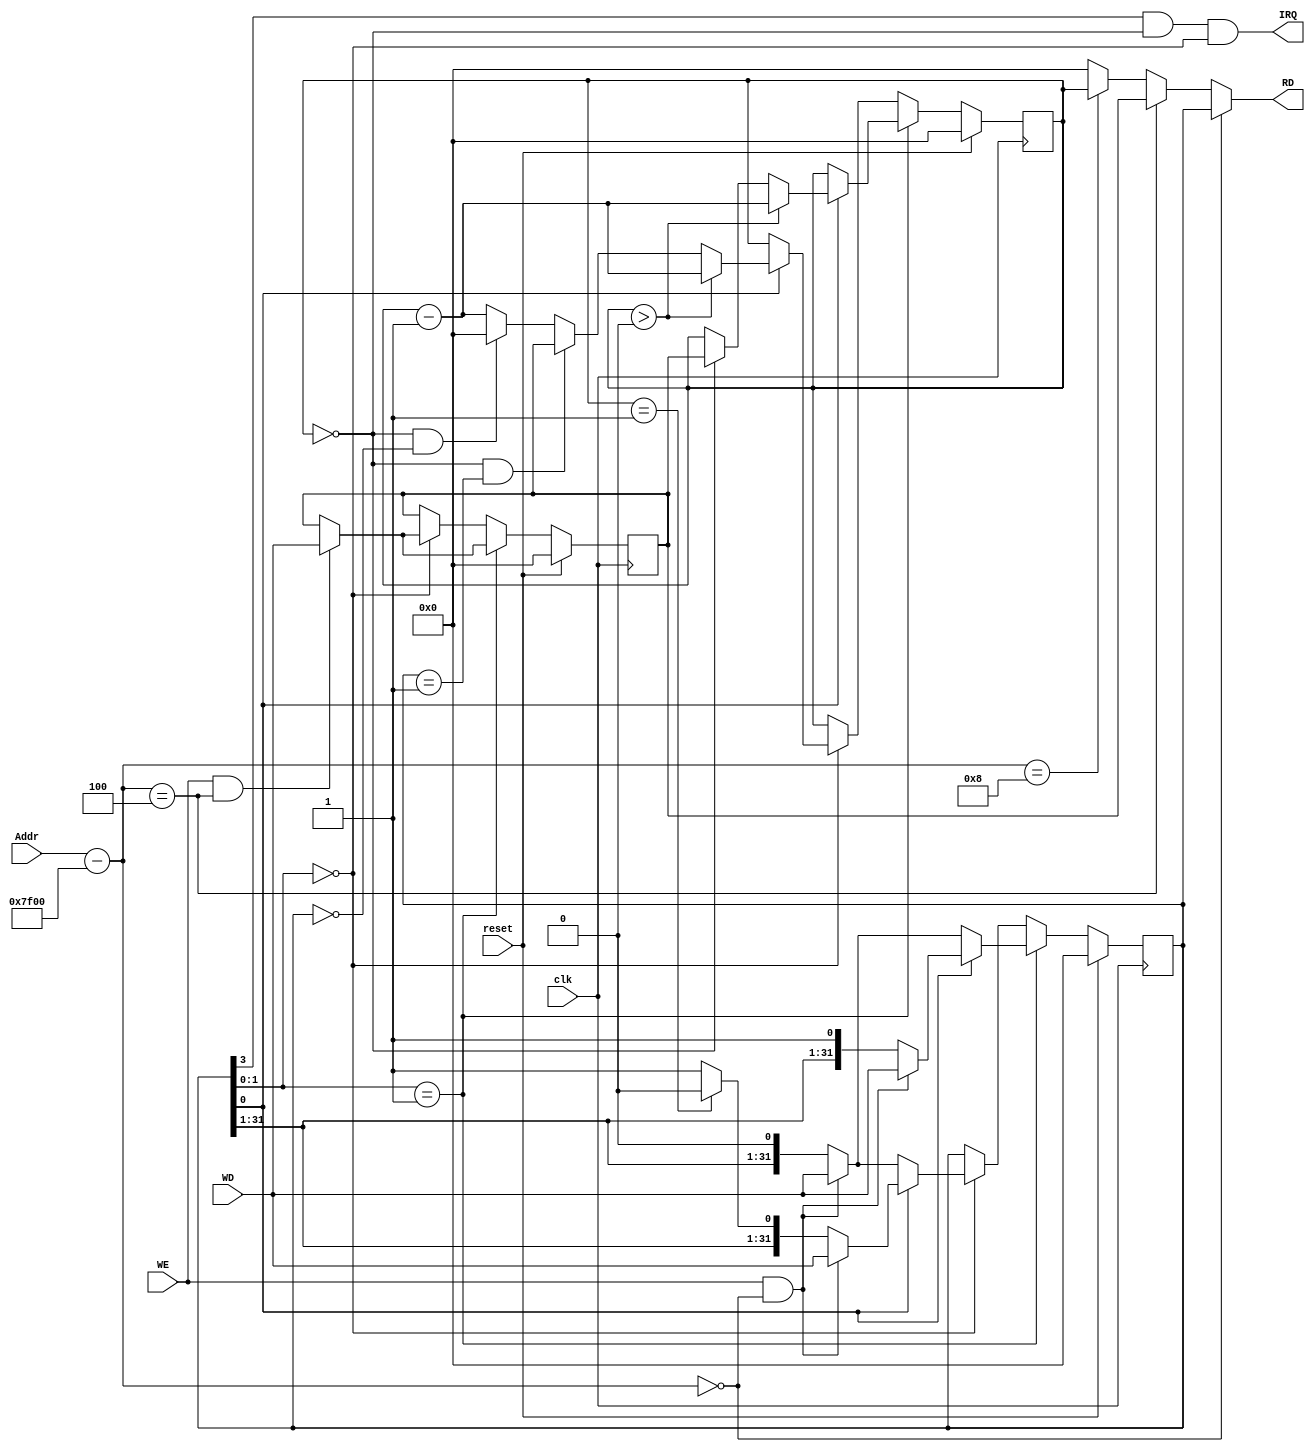
`timescale 1ns / 1ps
//////////////////////////////////////////////////////////////////////////////////
// Company: 
// Engineer: 
// 
// Design Name: 
// Module Name:    COCOTimerCounter 
// Project Name: 
// Target Devices: 
// Tool versions: 
// Description: 
//
// Dependencies: 
//
// Revision: 
// Revision 0.01 - File Created
// Additional Comments: 
//
//////////////////////////////////////////////////////////////////////////////////
module COCOTimerCounter(
    input clk,
    input reset,
    input [31:0] Addr,
    input WE,
    input [31:0] WD,
    output [31:0] RD,
    output IRQ
    );
    reg [31:0] ctrl, preset, count;
    wire [1:0] Mode;
    wire IM, En;
    parameter base = 32'h00007F00;
    assign Mode = ctrl[1:0];
    assign IM = ctrl[3];
    assign En = ctrl[0];
    assign IRQ = IM & (count == 0) & (Mode == 0);
    assign RD = (Addr - base) == 0 ? ctrl:
                (Addr - base) == 4 ? preset:
                (Addr - base) == 8 ? count:0;
    initial begin
        ctrl <= 0;
        preset <= 0;
        count <= 0;
    end
    always @(posedge clk) begin
        if(reset) begin
            ctrl <= 0;
            preset <= 0;
            count <= 0;
        end
        else if (reset == 0) begin
            if(Mode == 2'b00) begin
                if (En == 1) begin
                    count <= (count > 0) ? count - 1:
                             (count == 0 && ctrl == 1)? preset:
                             (count == 0 && ctrl == 0)? 0: count - 1;
                    ctrl <= (WE == 1 && (Addr - base) == 0)?WD:
                            (count == 1)?{ctrl[31:1],1'b0}:ctrl;
                    preset <= (WE == 1 && (Addr - base) == 4)?WD:preset;
                end
                else if(En == 0) begin
                    count <= count;
                    ctrl <= (WE == 1 && (Addr - base) == 0)?WD:ctrl;
                    preset <= (WE == 1 && (Addr - base) == 4)?WD:preset;
                end
            end
            if(Mode == 2'b01) begin
                if (En == 1) begin
                    count <= (count > 0) ? count - 1:
                             (count == 0)? preset: count;
                    ctrl <= (WE == 1 && (Addr - base) == 0)?WD:ctrl;
                    preset <= (WE == 1 && (Addr - base) == 4)?WD:preset;
                end
                else if(En == 0) begin
                    count <= count;
                    ctrl <= (WE == 1 && (Addr - base) == 0)?WD:ctrl;
                    preset <= (WE == 1 && (Addr - base) == 4)?WD:preset;
                end
            end
        end
    end

endmodule